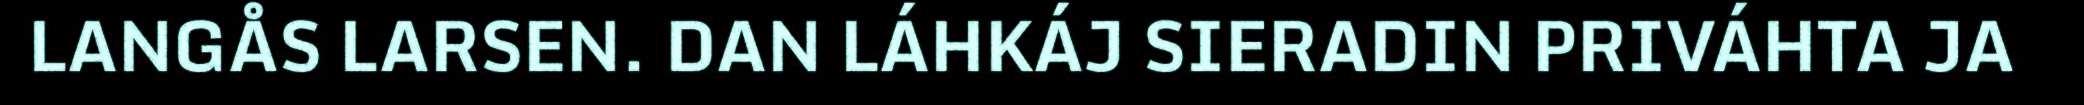
LANGÅS LARSEN. DAN LÁHKÁJ SIERADIN PRIVÁHTA JA